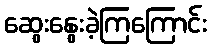
ဆွေးနွေးခဲ့ကြကြောင်း